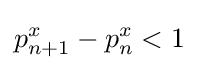
p_{n+1}^{x}-p_{n}^{x}<1